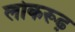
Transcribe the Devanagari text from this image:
लोकरूढ़